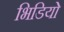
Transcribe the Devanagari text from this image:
भिडियो